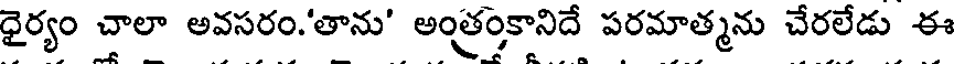
ధైర్యం చాలా అవసరం.'తాను' అంత్రంకానిదే పరమాత్మను చేరలేడు ఈ